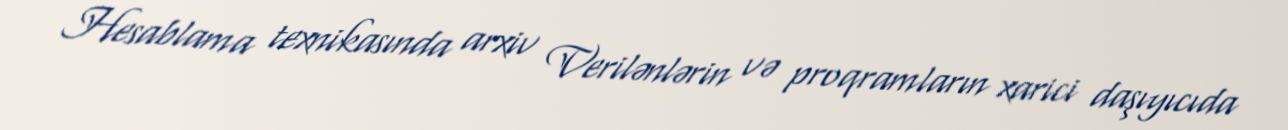
Hesablama texnikasında arxiv Verilənlərin və proqramların xarici daşıyıcıda